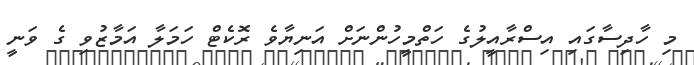
މި ހާދިސާގައި އިސްރާއީލުގެ ހަތްމީހުންނަށް އަނިޔާވެ ރޮކެޓް ހަމަލާ އަމާޒުވި ގެ ވަނީ